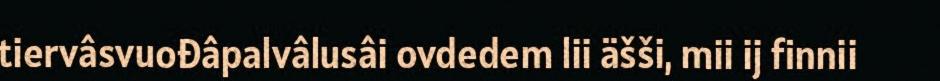
tiervâsvuođâpalvâlusâi ovdedem lii äšši, mii ij finnii